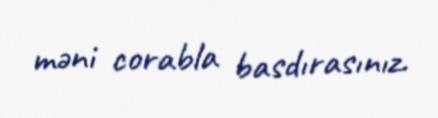
məni corabla basdırasınız.